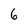
Character: 6